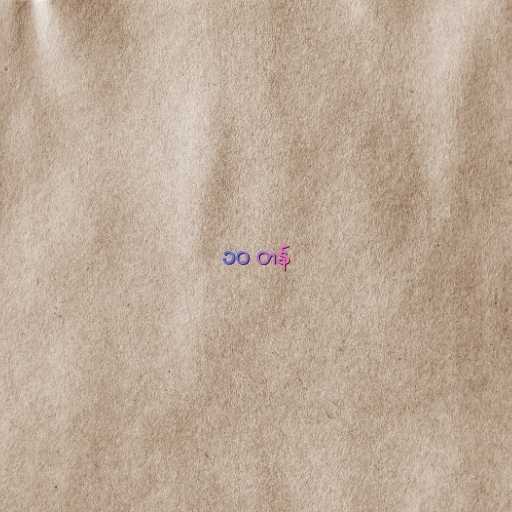
၁၀ တန်